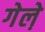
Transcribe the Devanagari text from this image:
गेले़